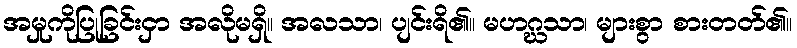
အမှုကိုပြုခြင်းငှာ အလိုမရှိ။ အလသာ၊ ပျင်းရိ၏။ မဟဂ္ဃသာ၊ များစွာ စားတတ်၏။